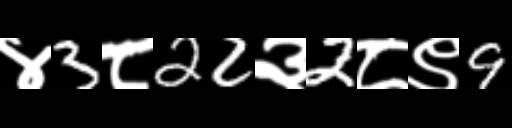
Text: ४3८22३2८९9